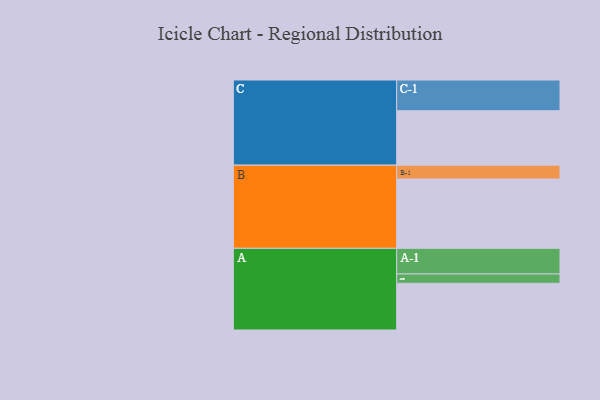
{"axis": {"x": "Segment", "y": "Value"}, "legend": ["", "A", "B", "C"], "data": [{"x": "A", "y": 348, "type": ""}, {"x": "B", "y": 516, "type": ""}, {"x": "C", "y": 405, "type": ""}, {"x": "A-1", "y": 191, "type": "A"}, {"x": "A-2", "y": 69, "type": "A"}, {"x": "B-1", "y": 103, "type": "B"}, {"x": "C-1", "y": 229, "type": "C"}]}